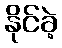
နိုင်ခဲ့